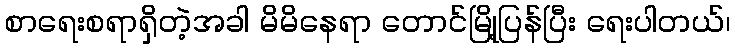
စာရေးစရာရှိတဲ့အခါ မိမိနေရာ တောင်မြို့ပြန်ပြီး ရေးပါတယ်၊